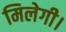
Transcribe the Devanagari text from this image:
मिलेगी।